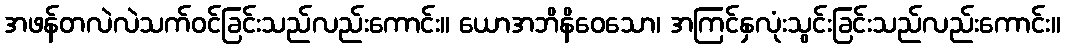
အဖန်တလဲလဲသက်ဝင်ခြင်းသည်လည်းကောင်း။ ယောအဘိနိဝေသော၊ အကြင်နှလုံးသွင်းခြင်းသည်လည်းကောင်း။